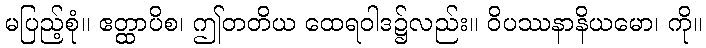
မပြည့်စုံ။ ဧတ္ထာပိစ၊ ဤတတိယ ထေရဝါဒ၌လည်း။ ဝိပဿနာနိယမော၊ ကို။